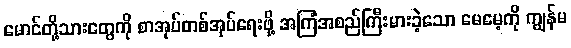
မောင်တို့သားတွေကို စာအုပ်တစ်အုပ်ရေးဖို့ အကြံအစည်ကြီးမားခဲ့သော မေမေ့ကို ကျွန်မ